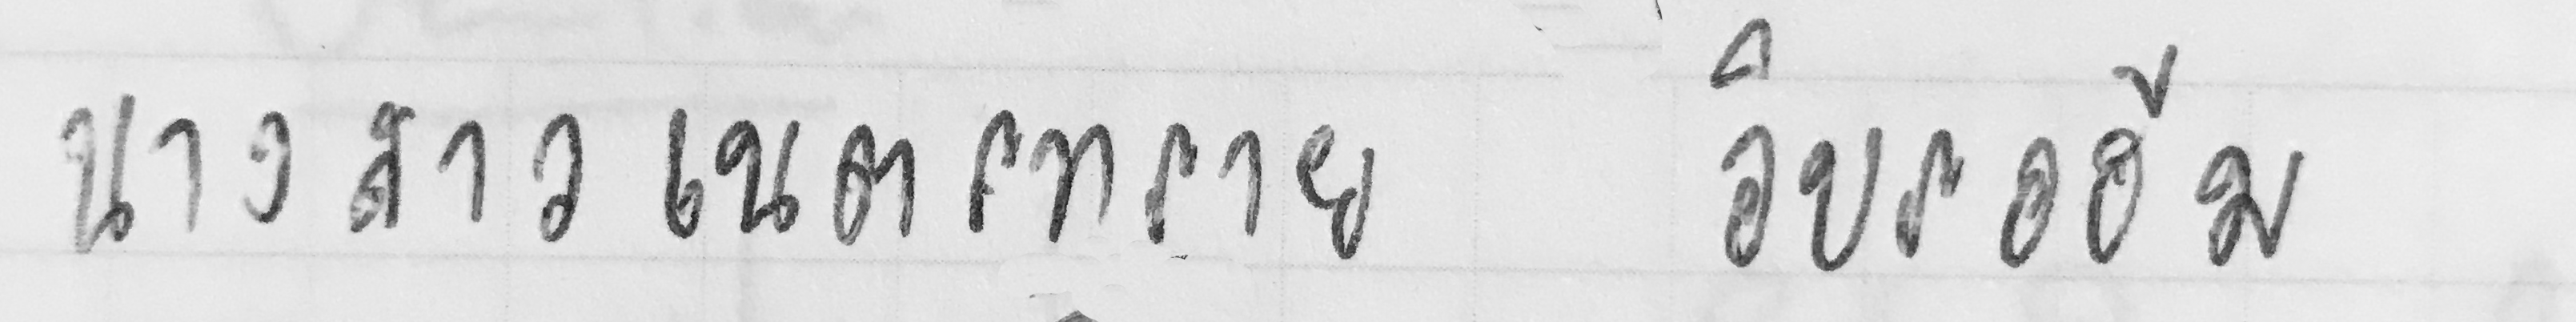
นางสาวเนตรทราย อิบรอฮีม